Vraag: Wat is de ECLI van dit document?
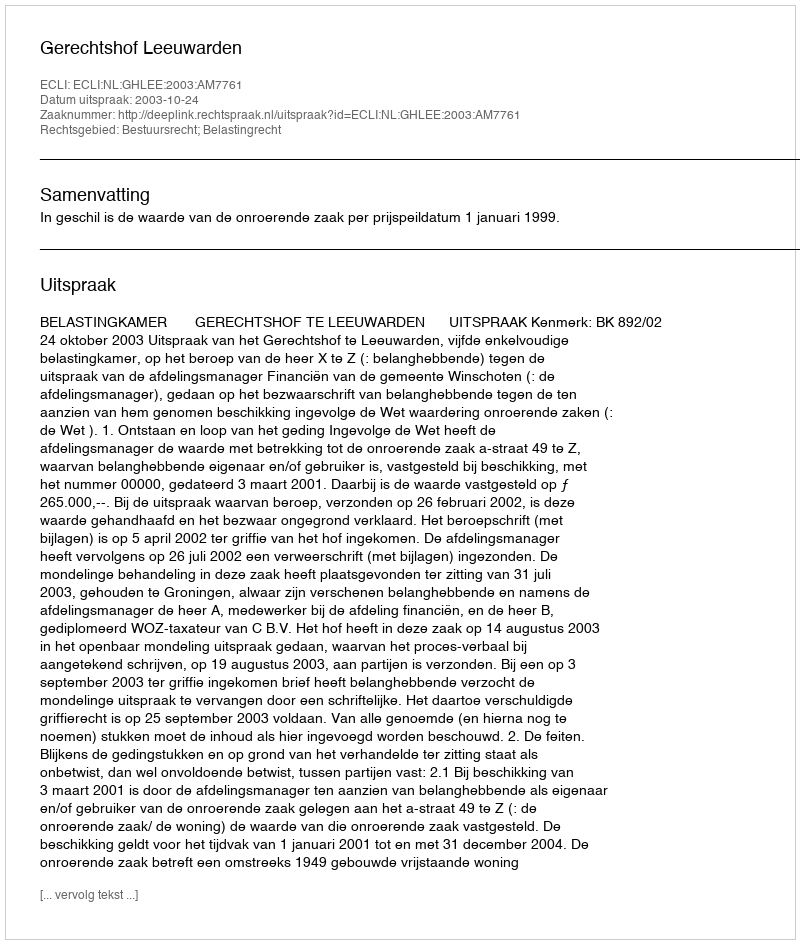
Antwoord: ECLI:NL:GHLEE:2003:AM7761